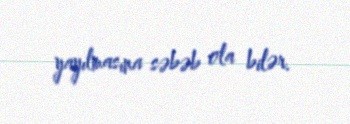
yayılmasına səbəb ola bilər.